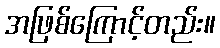
အဖြစ်ကြောင့်တည်း။